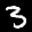
Label: 3